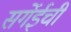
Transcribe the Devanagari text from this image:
सर्गेईची